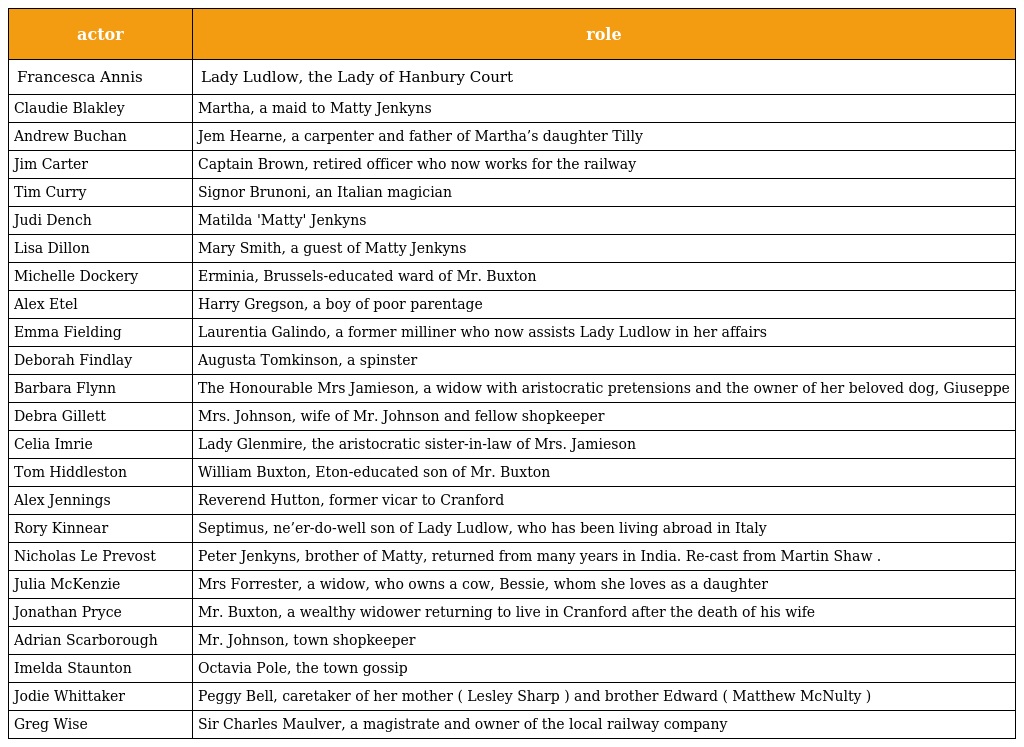
| actor | role |
 | --- | --- |
 | Francesca Annis | Lady Ludlow, the Lady of Hanbury Court |
 | Claudie Blakley | Martha, a maid to Matty Jenkyns |
 | Andrew Buchan | Jem Hearne, a carpenter and father of Martha’s daughter Tilly |
 | Jim Carter | Captain Brown, retired officer who now works for the railway |
 | Tim Curry | Signor Brunoni, an Italian magician |
 | Judi Dench | Matilda 'Matty' Jenkyns |
 | Lisa Dillon | Mary Smith, a guest of Matty Jenkyns |
 | Michelle Dockery | Erminia, Brussels-educated ward of Mr. Buxton |
 | Alex Etel | Harry Gregson, a boy of poor parentage |
 | Emma Fielding | Laurentia Galindo, a former milliner who now assists Lady Ludlow in her affairs |
 | Deborah Findlay | Augusta Tomkinson, a spinster |
 | Barbara Flynn | The Honourable Mrs Jamieson, a widow with aristocratic pretensions and the owner of her beloved dog, Giuseppe |
 | Debra Gillett | Mrs. Johnson, wife of Mr. Johnson and fellow shopkeeper |
 | Celia Imrie | Lady Glenmire, the aristocratic sister-in-law of Mrs. Jamieson |
 | Tom Hiddleston | William Buxton, Eton-educated son of Mr. Buxton |
 | Alex Jennings | Reverend Hutton, former vicar to Cranford |
 | Rory Kinnear | Septimus, ne’er-do-well son of Lady Ludlow, who has been living abroad in Italy |
 | Nicholas Le Prevost | Peter Jenkyns, brother of Matty, returned from many years in India. Re-cast from Martin Shaw . |
 | Julia McKenzie | Mrs Forrester, a widow, who owns a cow, Bessie, whom she loves as a daughter |
 | Jonathan Pryce | Mr. Buxton, a wealthy widower returning to live in Cranford after the death of his wife |
 | Adrian Scarborough | Mr. Johnson, town shopkeeper |
 | Imelda Staunton | Octavia Pole, the town gossip |
 | Jodie Whittaker | Peggy Bell, caretaker of her mother ( Lesley Sharp ) and brother Edward ( Matthew McNulty ) |
 | Greg Wise | Sir Charles Maulver, a magistrate and owner of the local railway company |